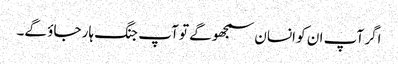
اگر آپ ان کو انسان سمجھو گے تو آپ جنگ ہار جاؤ گے۔